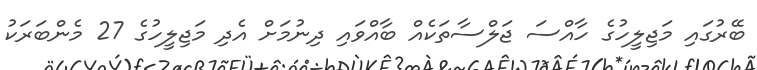
ބޭރުގައި މަޖިލީހުގެ ހާއްސަ ޖަލްސާތަކެއް ބާއްވައި ދިނުމަށް އެދި މަޖިލީހުގެ 27 މެންބަރަކު